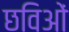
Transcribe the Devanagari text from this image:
छविओं